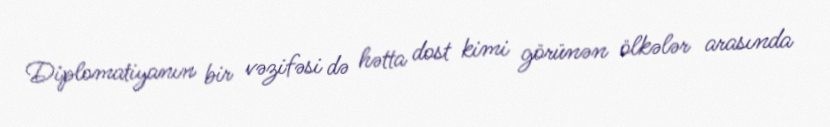
Diplomatiyanın bir vəzifəsi də hətta dost kimi görünən ölkələr arasında